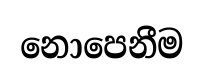
නොපෙනීම